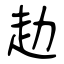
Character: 赲